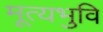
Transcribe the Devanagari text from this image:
मूत्यभुवि